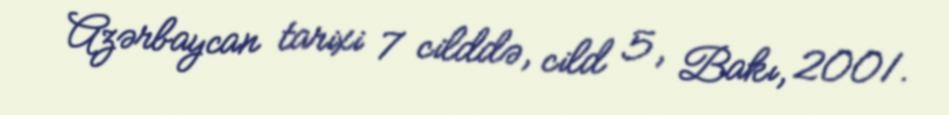
Azərbaycan tarixi 7 cilddə, cild 5, Bakı, 2001.